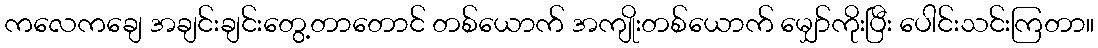
ကလေကချေ အချင်းချင်းတွေ့တာတောင် တစ်ယောက် အကျိုးတစ်ယောက် မျှော်ကိုးပြီး ပေါင်းသင်းကြတာ။